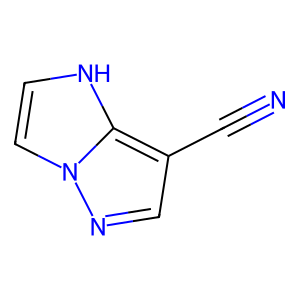
SMILES: N#Cc1cnn2cc[nH]c12
Inhibits HIV replication: No